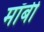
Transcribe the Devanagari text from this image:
मॉर्बी